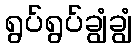
ရွပ်ရွပ်ချွံချွံ